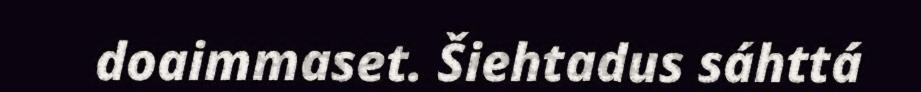
doaimmaset. Šiehtadus sáhttá